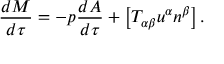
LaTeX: \frac { d M } { d \tau } = - p \frac { d { \cal A } } { d \tau } + \left[ T _ { \alpha \beta } u ^ { \alpha } n ^ { \beta } \right] .